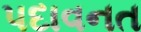
પદાવનત